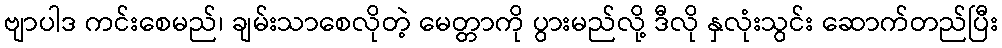
ဗျာပါဒ ကင်းစေမည်၊ ချမ်းသာစေလိုတဲ့ မေတ္တာကို ပွားမည်လို့ ဒီလို နှလုံးသွင်း ဆောက်တည်ပြီး